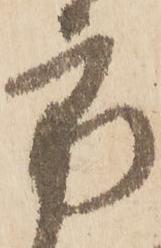
方